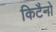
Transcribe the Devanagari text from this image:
किटैनो